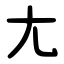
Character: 尢